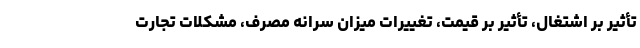
تأثیر بر اشتغال، تأثیر بر قیمت، تغییرات میزان سرانه مصرف، مشکلات تجارت